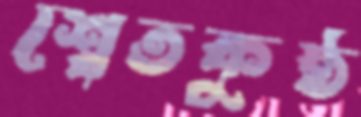
শ্বেতকুষ্ঠ